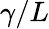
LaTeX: \gamma/L